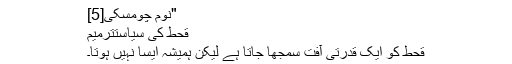
"نوم چومسکی[5]
قحط کی سیاستترميم
قحط کو ایک قدرتی آفت سمجھا جاتا ہے لیکن ہمیشہ ایسا نہیں ہوتا۔